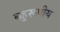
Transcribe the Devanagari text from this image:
बहुरूपीय